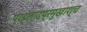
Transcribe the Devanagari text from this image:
प्रह्लादप्रमुखाश्च